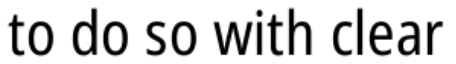
to do so with clear